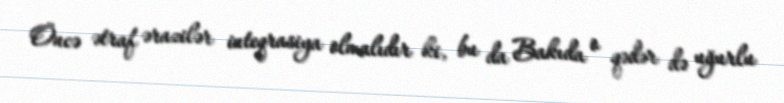
Öncə ətraf ərazilər inteqrasiya olmalıdır ki, bu da Bakıda o qədər də uğurlu